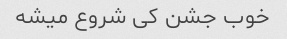
خوب جشن کی شروع میشه